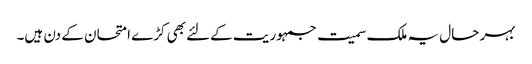
بہر حال یہ ملک سمیت جمہوریت کےلئے بھی کڑے امتحان کے دن ہیں۔